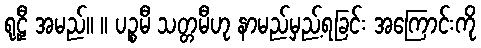
ရုဠှီ အမည်။ ။ ပဉ္စမီ သတ္တမီဟု နာမည်မှည့်ရခြင်း အကြောင်းကို